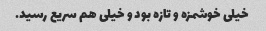
خیلی خوشمزه و تازه بود و خیلی هم سریع رسید.